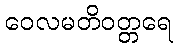
ဝေလမတိဝတ္တရေ